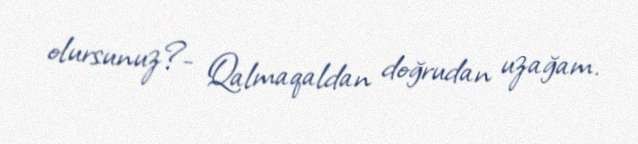
olursunuz?- Qalmaqaldan doğrudan uzağam.